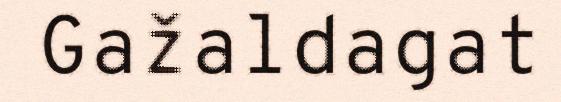
Gažaldagat